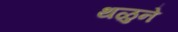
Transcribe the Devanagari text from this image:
थळुने